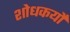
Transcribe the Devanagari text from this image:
शोधकर्यों